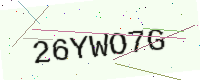
Text: 26YWO7G